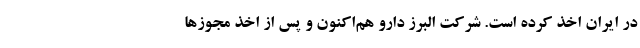
در ایران اخذ کرده است. شرکت البرز دارو هم‌اکنون و پس از اخذ مجوزها